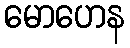
မောဟေန